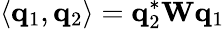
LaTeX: \langle{\mathbf q}_{1},{\mathbf q}_{2}\rangle={\mathbf q}_{2}^{*}{\mathbf W}{\mathbf q}_{1}